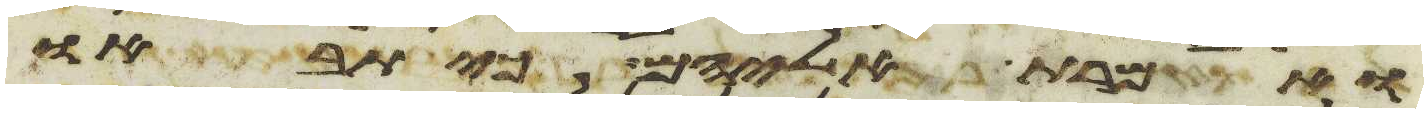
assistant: ואמרת אליהם כי תבאו